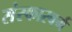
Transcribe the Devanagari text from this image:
संस्कारवर्ग